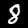
Label: 8